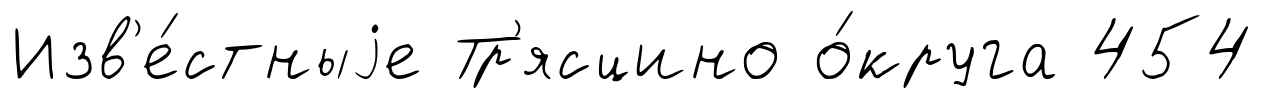
Изв'е́стныjе Тр'ясцино о́круга 454